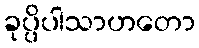
ခုပ္ပိပါသာဟတော